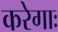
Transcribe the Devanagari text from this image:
करेगाः